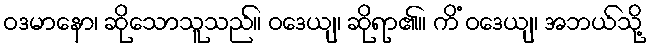
ဝဒမာနော၊ ဆိုသောသူသည်။ ဝဒေယျ၊ ဆိုရာ၏။ ကိံ ဝဒေယျ၊ အဘယ်သို့